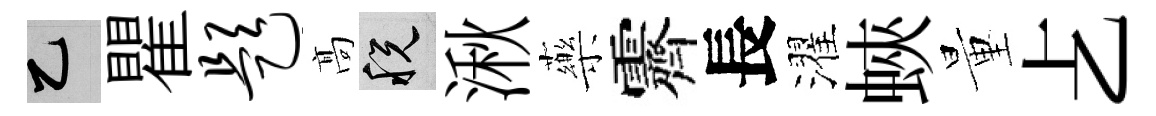
乙瞿题髙税湫藥霽長濯蛺量𠧒